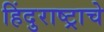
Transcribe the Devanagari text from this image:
हिंदुराष्ट्राचे